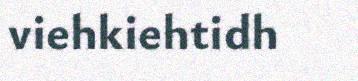
viehkiehtidh